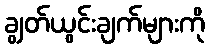
ချွတ်ယွင်းချက်များကို